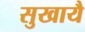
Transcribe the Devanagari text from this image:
सुखायै